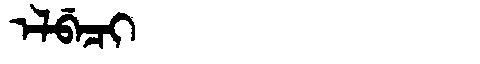
Manchu: ᡝᠯᠪᡝᠴᡳ
Romanization: ELBECI